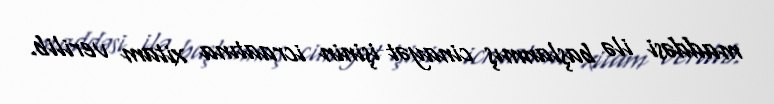
maddəsi ilə başlanmış cinayət işinin icraatına xitam verilib.